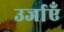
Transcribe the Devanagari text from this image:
उर्जाएँ